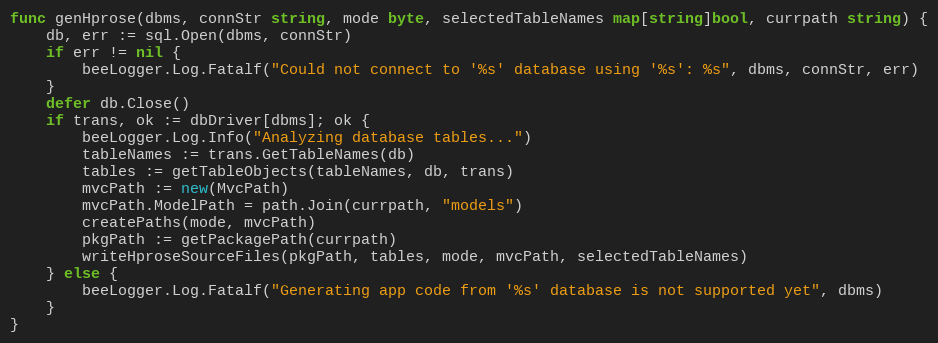
Language: Go
func genHprose(dbms, connStr string, mode byte, selectedTableNames map[string]bool, currpath string) {
	db, err := sql.Open(dbms, connStr)
	if err != nil {
		beeLogger.Log.Fatalf("Could not connect to '%s' database using '%s': %s", dbms, connStr, err)
	}
	defer db.Close()
	if trans, ok := dbDriver[dbms]; ok {
		beeLogger.Log.Info("Analyzing database tables...")
		tableNames := trans.GetTableNames(db)
		tables := getTableObjects(tableNames, db, trans)
		mvcPath := new(MvcPath)
		mvcPath.ModelPath = path.Join(currpath, "models")
		createPaths(mode, mvcPath)
		pkgPath := getPackagePath(currpath)
		writeHproseSourceFiles(pkgPath, tables, mode, mvcPath, selectedTableNames)
	} else {
		beeLogger.Log.Fatalf("Generating app code from '%s' database is not supported yet", dbms)
	}
}